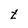
Character: t